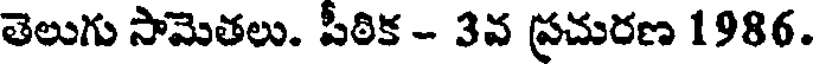
తెలుగు సామెతలు. పీఠిక - 3వ ప్రచురణ 1986.